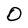
Character: O